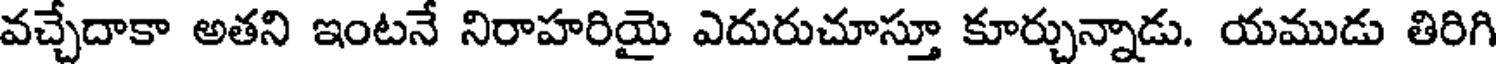
వచ్చేదాకా అతని ఇంటనే నిరాహరియై ఎదురుచూస్తూ కూర్చున్నాడు. యముడు తిరిగి